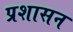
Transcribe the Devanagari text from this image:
प्रशासन